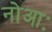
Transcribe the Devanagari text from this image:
नोआः